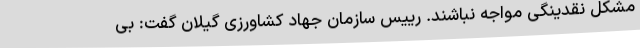
مشکل نقدینگی مواجه نباشند. رییس سازمان جهاد کشاورزی گیلان گفت: بی